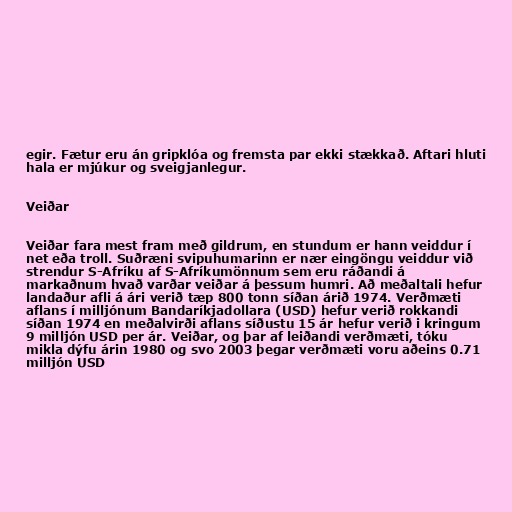
egir. Fætur eru án gripklóa og fremsta par ekki stækkað. Aftari hluti
hala er mjúkur og sveigjanlegur.

Veiðar

Veiðar fara mest fram með gildrum, en stundum er hann veiddur í
net eða troll. Suðræni svipuhumarinn er nær eingöngu veiddur við
strendur S-Afríku af S-Afríkumönnum sem eru ráðandi á
markaðnum hvað varðar veiðar á þessum humri. Að meðaltali hefur
landaður afli á ári verið tæp 800 tonn síðan árið 1974. Verðmæti
aflans í milljónum Bandaríkjadollara (USD) hefur verið rokkandi
síðan 1974 en meðalvirði aflans síðustu 15 ár hefur verið i kringum
9 milljón USD per ár. Veiðar, og þar af leiðandi verðmæti, tóku
mikla dýfu árin 1980 og svo 2003 þegar verðmæti voru aðeins 0.71
milljón USD